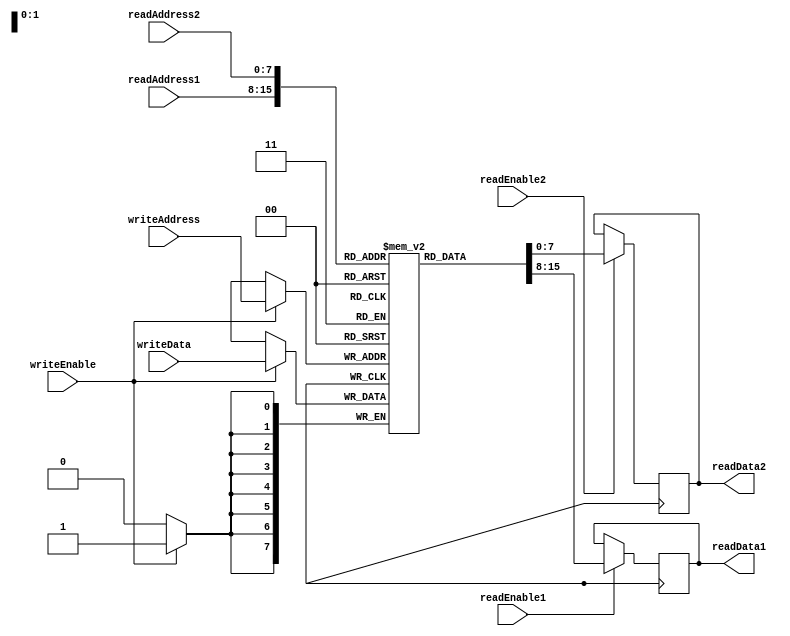
module MemoryBlocksShadowRegisterFile (
  input wire [7:0] readAddress1,
  input wire [7:0] readAddress2,
  input wire [7:0] writeAddress,
  input wire [7:0] writeData,
  input wire readEnable1,
  input wire readEnable2,
  input wire writeEnable,
  output reg [7:0] readData1,
  output reg [7:0] readData2
);

reg [7:0] memory [255:0];

always @ (posedge clk) begin
  if (readEnable1) begin
    readData1 <= memory[readAddress1];
  end
  if (readEnable2) begin
    readData2 <= memory[readAddress2];
  end
  if (writeEnable) begin
    memory[writeAddress] <= writeData;
  end
end

endmodule